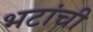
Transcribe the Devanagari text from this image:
भटांची